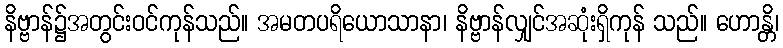
နိဗ္ဗာန်၌အတွင်းဝင်ကုန်သည်။ အမတပရိယောသာနာ၊ နိဗ္ဗာန်လျှင်အဆုံးရှိကုန် သည်။ ဟောန္တိ၊